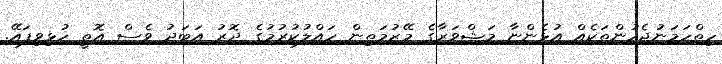
ހިތްހަމަނުޖެހުންތަކެއް އުޅެންޏާ މަޝްވަރާގެ މޭޒުމަތިން ހައްލުކުރުމުގެ ދޮރު އަބަދު ވެސް އޮތީ ހުޅިވިފައޭ.